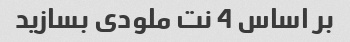
بر اساس 4 نت ملودی بسازید